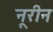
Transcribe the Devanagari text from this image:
नूरीन